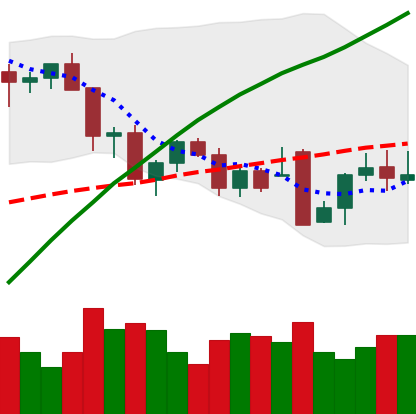
Ticker: BTC-USD
Chart end date: 2021-12-01
Forward return: -11.615%
Label: down_7plus